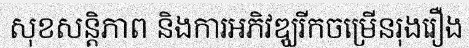
សុខសន្តិភាព និងការអភិវឌ្ឃរីកចម្រើនរុងរឿង